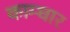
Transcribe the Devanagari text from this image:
काम्धार